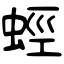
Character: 蛵